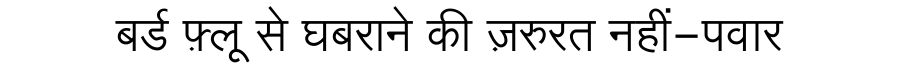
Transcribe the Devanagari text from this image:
बर्ड फ़्लू से घबराने की ज़रुरत नहीं-पवार